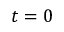
t = 0